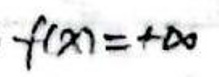
$f ( x ) = + \infty$